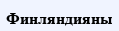
Финляндияны